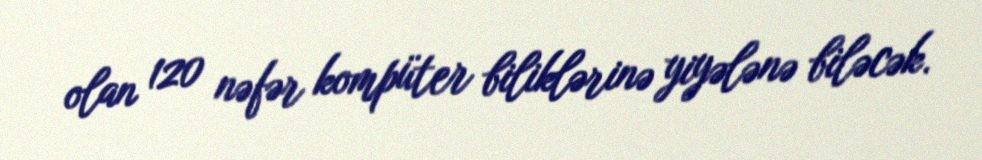
olan 120 nəfər kompüter biliklərinə yiyələnə biləcək.